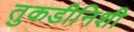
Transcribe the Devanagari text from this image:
तुकडीनिशी